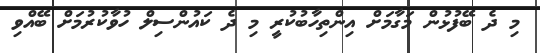
މި ދެ ބޭފުޅުން މަގާމަށް އިންތިހާބުކުރީ މި ދެ ކައުންސިލް ހުވާކުރުމަށް ބޭއްވި